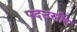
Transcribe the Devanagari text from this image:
पदउसीर